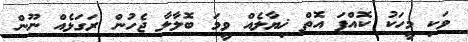
ވަކި މީހަކު ކޮއްފަ އޮތް ޚިޔާލެއް ވީމަ ބޮލާލާ ޖެހުން ރަގަޅެއް ނޫން